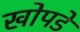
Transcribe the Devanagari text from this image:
खोपडे